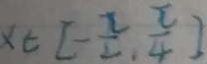
x \in [ - \frac { \pi } { 2 } , \frac { \pi } { 4 } ]